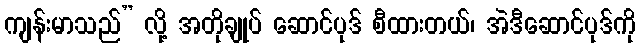
ကျန်းမာသည်” လို့ အတိုချုပ် ဆောင်ပုဒ် စီထားတယ်၊ အဲဒီဆောင်ပုဒ်ကို